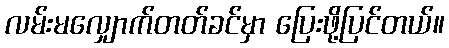
လမ်းမလျှောက်တတ်ခင်မှာ ပြေးဖို့ပြင်တယ်။